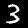
Digit: 3